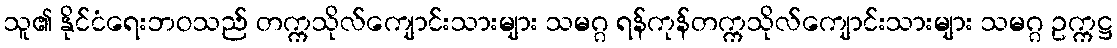
သူ၏ နိုင်ငံရေးဘဝသည် တက္ကသိုလ်ကျောင်းသားများ သမဂ္ဂ ရန်ကုန်တက္ကသိုလ်ကျောင်းသားများ သမဂ္ဂ ဥက္ကဋ္ဌ